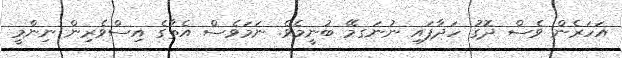
އަހަރެން ވެސް ދޮގު ހަދާފައި ނުނަގމޭ ބުނީމެވެ. ނަމަވެސް އެތާގެ އިސްވެރިން ނިންމީ